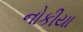
નોકીયા